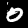
Digit: 0